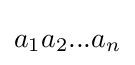
a_{1}a_{2}...a_{n}